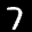
Label: 7